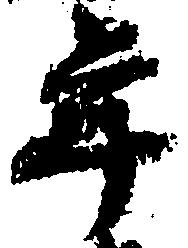
年